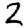
Digit: 2